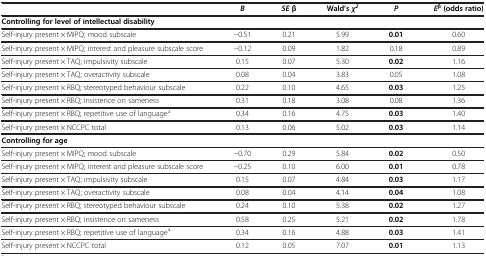
|  | Β | SE β | Wald’s χ2 | P | Eβ (odds ratio) |
 | --- | --- | --- | --- | --- | --- |
 | <COLSPAN=6> Controlling for level of intellectual disability |
 | Self-injury present × MIPQ; mood subscale | −0.51 | 0.21 | 5.99 | 0.01 | 0.60 |
 | Self-injury present × MIPQ; interest and pleasure subscale score | −0.12 | 0.09 | 1.82 | 0.18 | 0.89 |
 | Self-injury present × TAQ; impulsivity subscale | 0.15 | 0.07 | 5.30 | 0.02 | 1.16 |
 | Self-injury present × TAQ; overactivity subscale | 0.08 | 0.04 | 3.83 | 0.05 | 1.08 |
 | Self-injury present × RBQ; stereotyped behaviour subscale | 0.22 | 0.10 | 4.65 | 0.03 | 1.25 |
 | Self-injury present × RBQ; insistence on sameness | 0.31 | 0.18 | 3.08 | 0.08 | 1.36 |
 | Self-injury present × RBQ; repetitive use of languagea | 0.34 | 0.16 | 4.75 | 0.03 | 1.40 |
 | Self-injury present × NCCPC total | 0.13 | 0.06 | 5.02 | 0.03 | 1.14 |
 | <COLSPAN=6> Controlling for age |
 | Self-injury present × MIPQ; mood subscale | −0.70 | 0.29 | 5.84 | 0.02 | 0.50 |
 | Self-injury present × MIPQ; interest and pleasure subscale score | −0.25 | 0.10 | 6.00 | 0.01 | 0.78 |
 | Self-injury present × TAQ; impulsivity subscale | 0.15 | 0.07 | 4.84 | 0.03 | 1.17 |
 | Self-injury present × TAQ; overactivity subscale | 0.08 | 0.04 | 4.14 | 0.04 | 1.08 |
 | Self-injury present × RBQ; stereotyped behaviour subscale | 0.24 | 0.10 | 5.38 | 0.02 | 1.27 |
 | Self-injury present × RBQ; insistence on sameness | 0.58 | 0.25 | 5.21 | 0.02 | 1.78 |
 | Self-injury present × RBQ; repetitive use of languagea | 0.34 | 0.16 | 4.88 | 0.03 | 1.41 |
 | Self-injury present × NCCPC total | 0.12 | 0.05 | 7.07 | 0.01 | 1.13 |